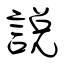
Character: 説